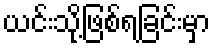
ယင်းသို့ဖြစ်ရခြင်းမှာ